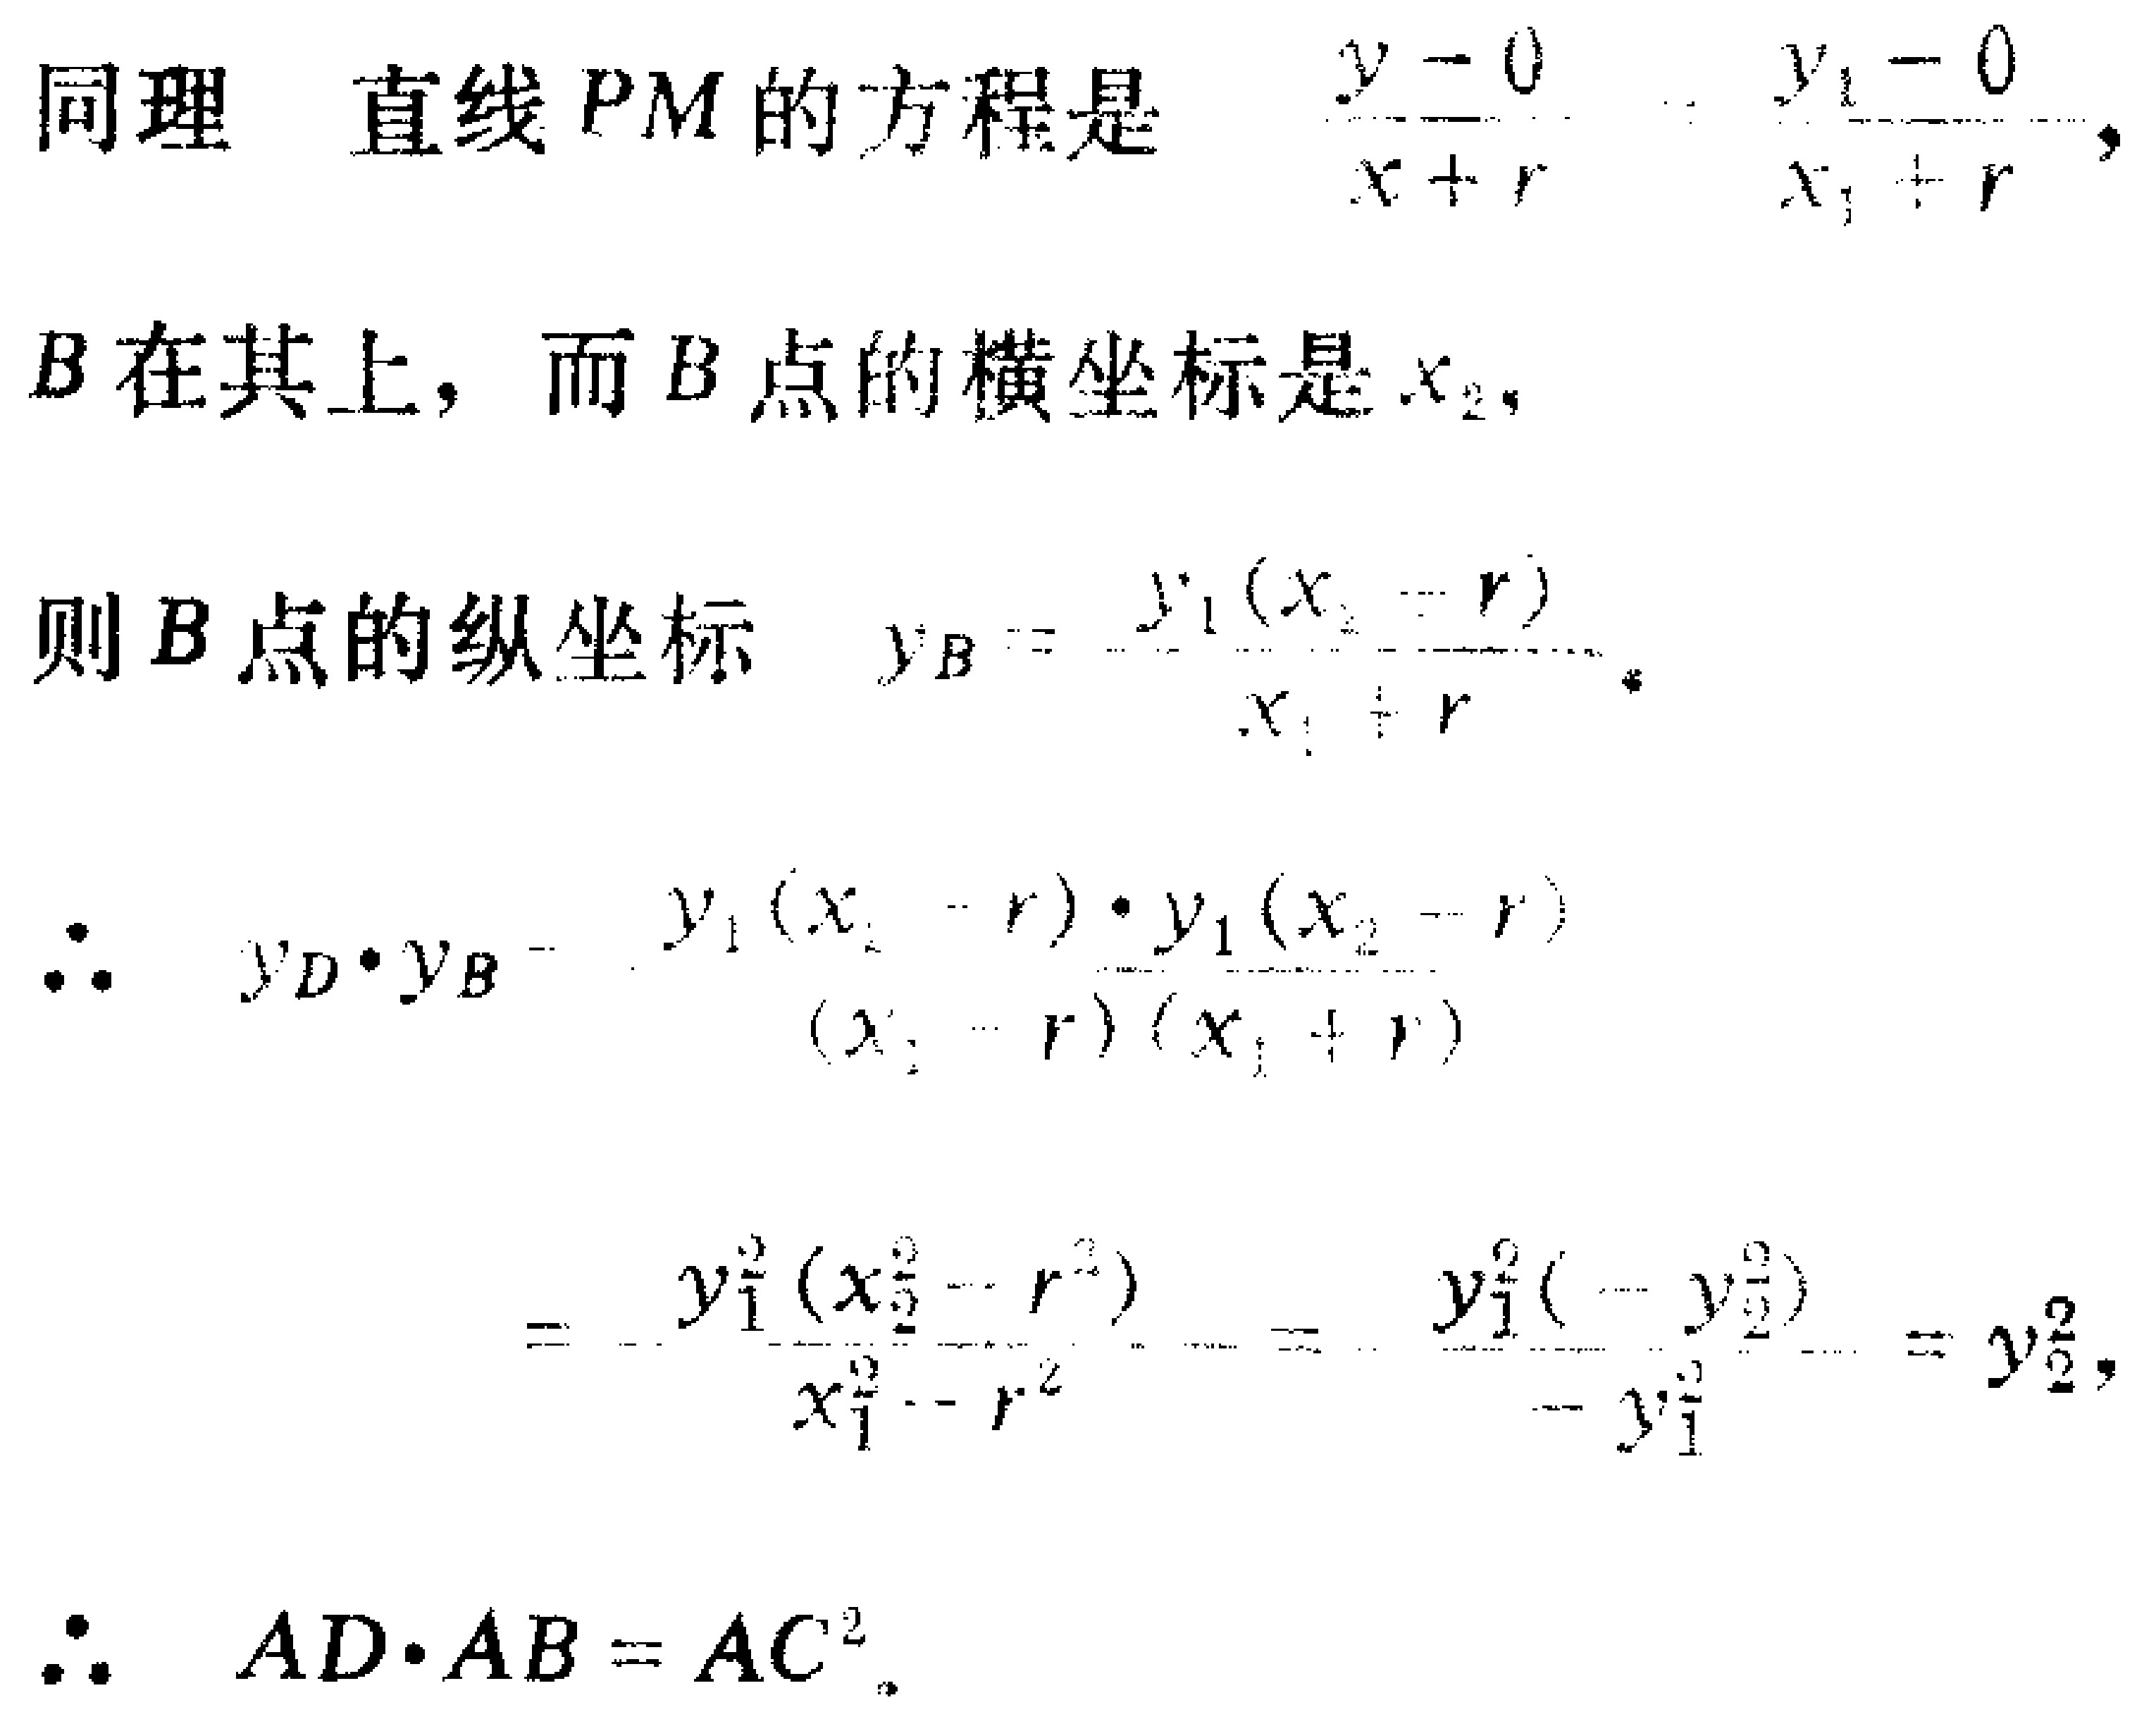
同理 直线 \(PM\) 的方程是 \(\frac{y - 0}{x + r}=\frac{y_{1}-0}{x_{1}+r}\)，
\(B\) 在其上，而 \(B\) 点的横坐标是 \(x_{2}\)，
则 \(B\) 点的纵坐标 \(y_{B}=\frac{y_{1}(x_{2}+r)}{x_{1}+r}\)。
\(\therefore y_{D}\cdot y_{B}=\frac{y_{1}(x_{2}-r)\cdot y_{1}(x_{2}+r)}{(x_{1}-r)(x_{1}+r)}\)
\(=\frac{y_{1}^{2}(x_{2}^{2}-r^{2})}{x_{1}^{2}-r^{2}}=\frac{y_{1}^{2}(-y_{2}^{2})}{-y_{1}^{2}} = y_{2}^{2}\)，
\(\therefore AD\cdot AB = AC^{2}\)。